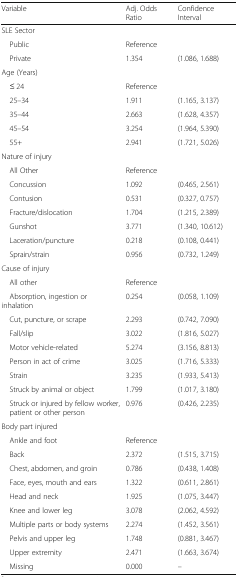
<table><thead><tr><td><b>Variable</b></td><td><b>Adj. Odds Ratio</b></td><td><b>Confidence Interval</b></td></tr></thead><tbody><tr><td colspan="3">SLE Sector</td></tr><tr><td> Public</td><td>Reference</td><td></td></tr><tr><td> Private</td><td>1.354</td><td>(1.086, 1.688)</td></tr><tr><td colspan="3">Age (Years)</td></tr><tr><td> ≤ 24</td><td>Reference</td><td></td></tr><tr><td> 25–34</td><td>1.911</td><td>(1.165, 3.137)</td></tr><tr><td> 35–44</td><td>2.663</td><td>(1.628, 4.357)</td></tr><tr><td> 45–54</td><td>3.254</td><td>(1.964, 5.390)</td></tr><tr><td> 55+</td><td>2.941</td><td>(1.721, 5.026)</td></tr><tr><td colspan="3">Nature of injury</td></tr><tr><td> All Other</td><td>Reference</td><td></td></tr><tr><td> Concussion</td><td>1.092</td><td>(0.465, 2.561)</td></tr><tr><td> Contusion</td><td>0.531</td><td>(0.327, 0.757)</td></tr><tr><td> Fracture/dislocation</td><td>1.704</td><td>(1.215, 2.389)</td></tr><tr><td> Gunshot</td><td>3.771</td><td>(1.340, 10.612)</td></tr><tr><td> Laceration/puncture</td><td>0.218</td><td>(0.108, 0.441)</td></tr><tr><td> Sprain/strain</td><td>0.956</td><td>(0.732, 1.249)</td></tr><tr><td colspan="3">Cause of injury</td></tr><tr><td> All other</td><td>Reference</td><td></td></tr><tr><td> Absorption, ingestion or inhalation</td><td>0.254</td><td>(0.058, 1.109)</td></tr><tr><td> Cut, puncture, or scrape</td><td>2.293</td><td>(0.742, 7.090)</td></tr><tr><td> Fall/slip</td><td>3.022</td><td>(1.816, 5.027)</td></tr><tr><td> Motor vehicle-related</td><td>5.274</td><td>(3.156, 8.813)</td></tr><tr><td> Person in act of crime</td><td>3.025</td><td>(1.716, 5.333)</td></tr><tr><td> Strain</td><td>3.235</td><td>(1.933, 5.413)</td></tr><tr><td> Struck by animal or object</td><td>1.799</td><td>(1.017, 3.180)</td></tr><tr><td> Struck or injured by fellow worker, patient or other person</td><td>0.976</td><td>(0.426, 2.235)</td></tr><tr><td colspan="3">Body part injured</td></tr><tr><td> Ankle and foot</td><td>Reference</td><td></td></tr><tr><td> Back</td><td>2.372</td><td>(1.515, 3.715)</td></tr><tr><td> Chest, abdomen, and groin</td><td>0.786</td><td>(0.438, 1.408)</td></tr><tr><td> Face, eyes, mouth and ears</td><td>1.322</td><td>(0.611, 2.861)</td></tr><tr><td> Head and neck</td><td>1.925</td><td>(1.075, 3.447)</td></tr><tr><td> Knee and lower leg</td><td>3.078</td><td>(2.062, 4.592)</td></tr><tr><td> Multiple parts or body systems</td><td>2.274</td><td>(1.452, 3.561)</td></tr><tr><td> Pelvis and upper leg</td><td>1.748</td><td>(0.881, 3.467)</td></tr><tr><td> Upper extremity</td><td>2.471</td><td>(1.663, 3.674)</td></tr><tr><td> Missing</td><td>0.000</td><td>–</td></tr></tbody></table>